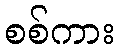
စစ်ကား